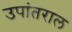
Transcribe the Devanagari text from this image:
उपांतराल